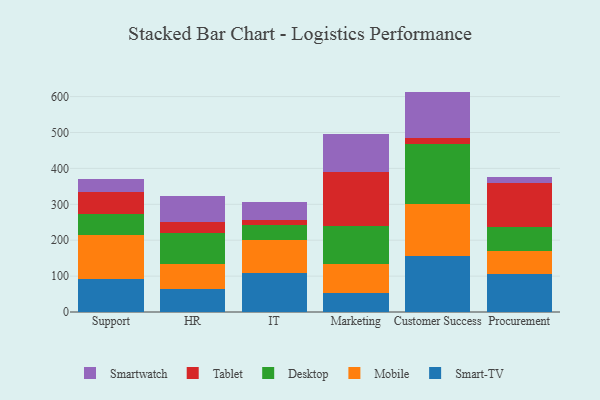
{"axis": {"x": "Department", "y": "Gross Profit (USD K)"}, "legend": ["Desktop", "Mobile", "Smart-TV", "Smartwatch", "Tablet"], "data": [{"x": "Support", "y": 93.3, "type": "Smart-TV"}, {"x": "Support", "y": 122.1, "type": "Mobile"}, {"x": "Support", "y": 56.7, "type": "Desktop"}, {"x": "Support", "y": 62.4, "type": "Tablet"}, {"x": "Support", "y": 37.3, "type": "Smartwatch"}, {"x": "HR", "y": 62.8, "type": "Smart-TV"}, {"x": "HR", "y": 70.0, "type": "Mobile"}, {"x": "HR", "y": 86.2, "type": "Desktop"}, {"x": "HR", "y": 32.8, "type": "Tablet"}, {"x": "HR", "y": 72.0, "type": "Smartwatch"}, {"x": "IT", "y": 109.8, "type": "Smart-TV"}, {"x": "IT", "y": 91.0, "type": "Mobile"}, {"x": "IT", "y": 41.2, "type": "Desktop"}, {"x": "IT", "y": 14.2, "type": "Tablet"}, {"x": "IT", "y": 49.4, "type": "Smartwatch"}, {"x": "Marketing", "y": 53.3, "type": "Smart-TV"}, {"x": "Marketing", "y": 80.8, "type": "Mobile"}, {"x": "Marketing", "y": 104.6, "type": "Desktop"}, {"x": "Marketing", "y": 150.1, "type": "Tablet"}, {"x": "Marketing", "y": 107.3, "type": "Smartwatch"}, {"x": "Customer Success", "y": 156.4, "type": "Smart-TV"}, {"x": "Customer Success", "y": 144.8, "type": "Mobile"}, {"x": "Customer Success", "y": 166.8, "type": "Desktop"}, {"x": "Customer Success", "y": 16.7, "type": "Tablet"}, {"x": "Customer Success", "y": 129.2, "type": "Smartwatch"}, {"x": "Procurement", "y": 106.1, "type": "Smart-TV"}, {"x": "Procurement", "y": 63.4, "type": "Mobile"}, {"x": "Procurement", "y": 67.4, "type": "Desktop"}, {"x": "Procurement", "y": 123.2, "type": "Tablet"}, {"x": "Procurement", "y": 17.3, "type": "Smartwatch"}]}